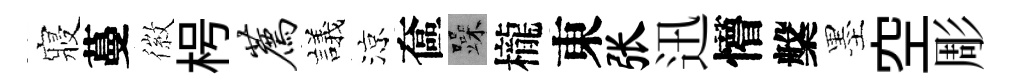
寢蔓徽枵荐議涼奩躁櫳東张迅懵槃墨空彫